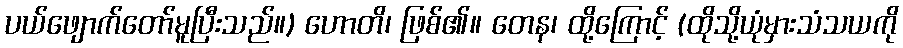
ပယ်ဖျောက်တော်မူပြီးသည်။) ဟောတိ၊ ဖြစ်၏။ တေန၊ ထို့ကြောင့် (ထိုသို့ယုံမှားသံသယကို